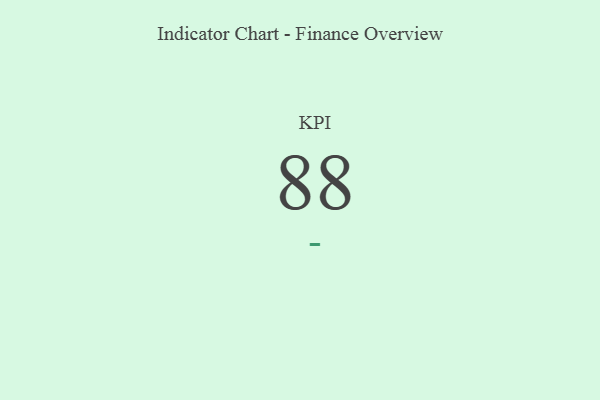
{"axis": {"x": "KPI", "y": "Value"}, "legend": [""], "data": [{"x": "KPI", "y": 88, "type": ""}]}